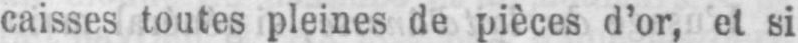
caisses toutes pleines de pièces d’or, et si